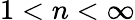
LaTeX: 1<n<\infty